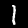
Label: 1